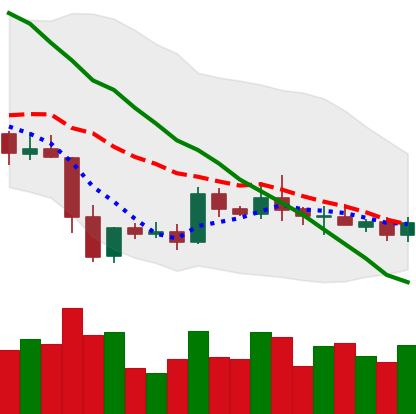
Ticker: XRP-USD
Chart end date: 2019-05-10
Forward return: 51.806%
Label: up_7plus